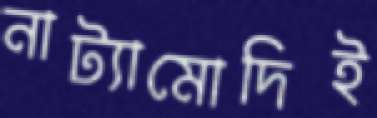
নাট্যামোদিই